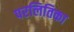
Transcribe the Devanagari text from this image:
परलितिका